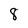
Character: 8